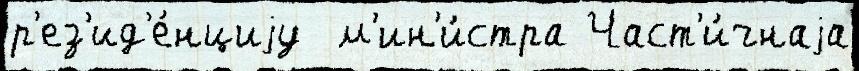
р'ез'ид'е́нциjу  м'ин'и́стра Част'и́чнаjа